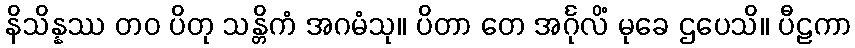
နိသိန္နဿ တဝ ပိတု သန္တိကံ အဂမံသု။ ပိတာ တေ အင်္ဂုလိံ မုခေ ဌပေသိ။ ပီဠကာ